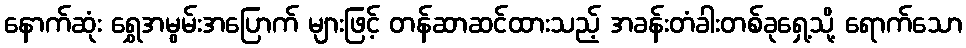
နောက်ဆုံး ရွှေအမွမ်းအပြောက် များဖြင့် တန်ဆာဆင်ထားသည့် အခန်းတံခါးတစ်ခုရှေ့သို့ ရောက်သော